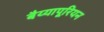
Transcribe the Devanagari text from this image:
बैय्यापूरियन